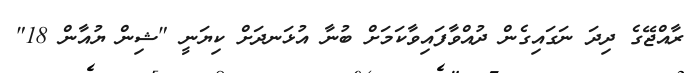
ރާއްޖޭގެ ދިދަ ނަގައިގެން ދުއްވާފައިވާކަމަށް ބުނާ އުޅަނދަށް ކިޔަނީ "ޝިން ޔުއާން 18"